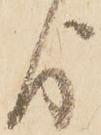
よ